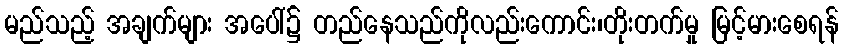
မည်သည့် အချက်များ အပေါ်၌ တည်နေသည်ကိုလည်းကောင်း၊တိုးတက်မှု မြင့်မားစေရန်